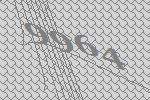
9964